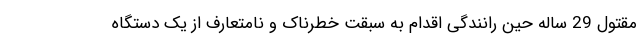
مقتول 29 ساله حین رانندگی اقدام به سبقت خطرناک و نامتعارف از یک دستگاه